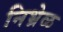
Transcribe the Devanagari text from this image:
निभ्रेळ